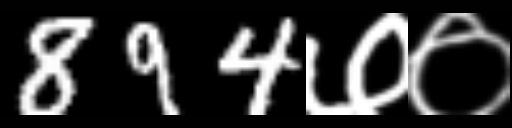
Text: 894७०